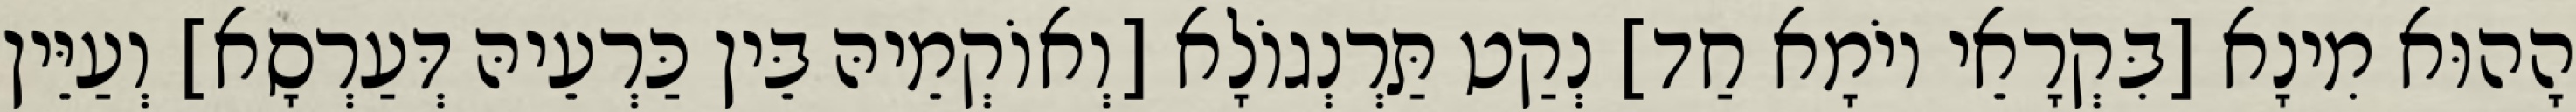
הָהוּא מִינָא [בִּקְרָאֵי יוֹמָא חַד] נְקַט תַּרְנְגוֹלָא [וְאוֹקְמֵיהּ בֵּין כַּרְעֵיהּ דְּעַרְסָא] וְעַיֵּין